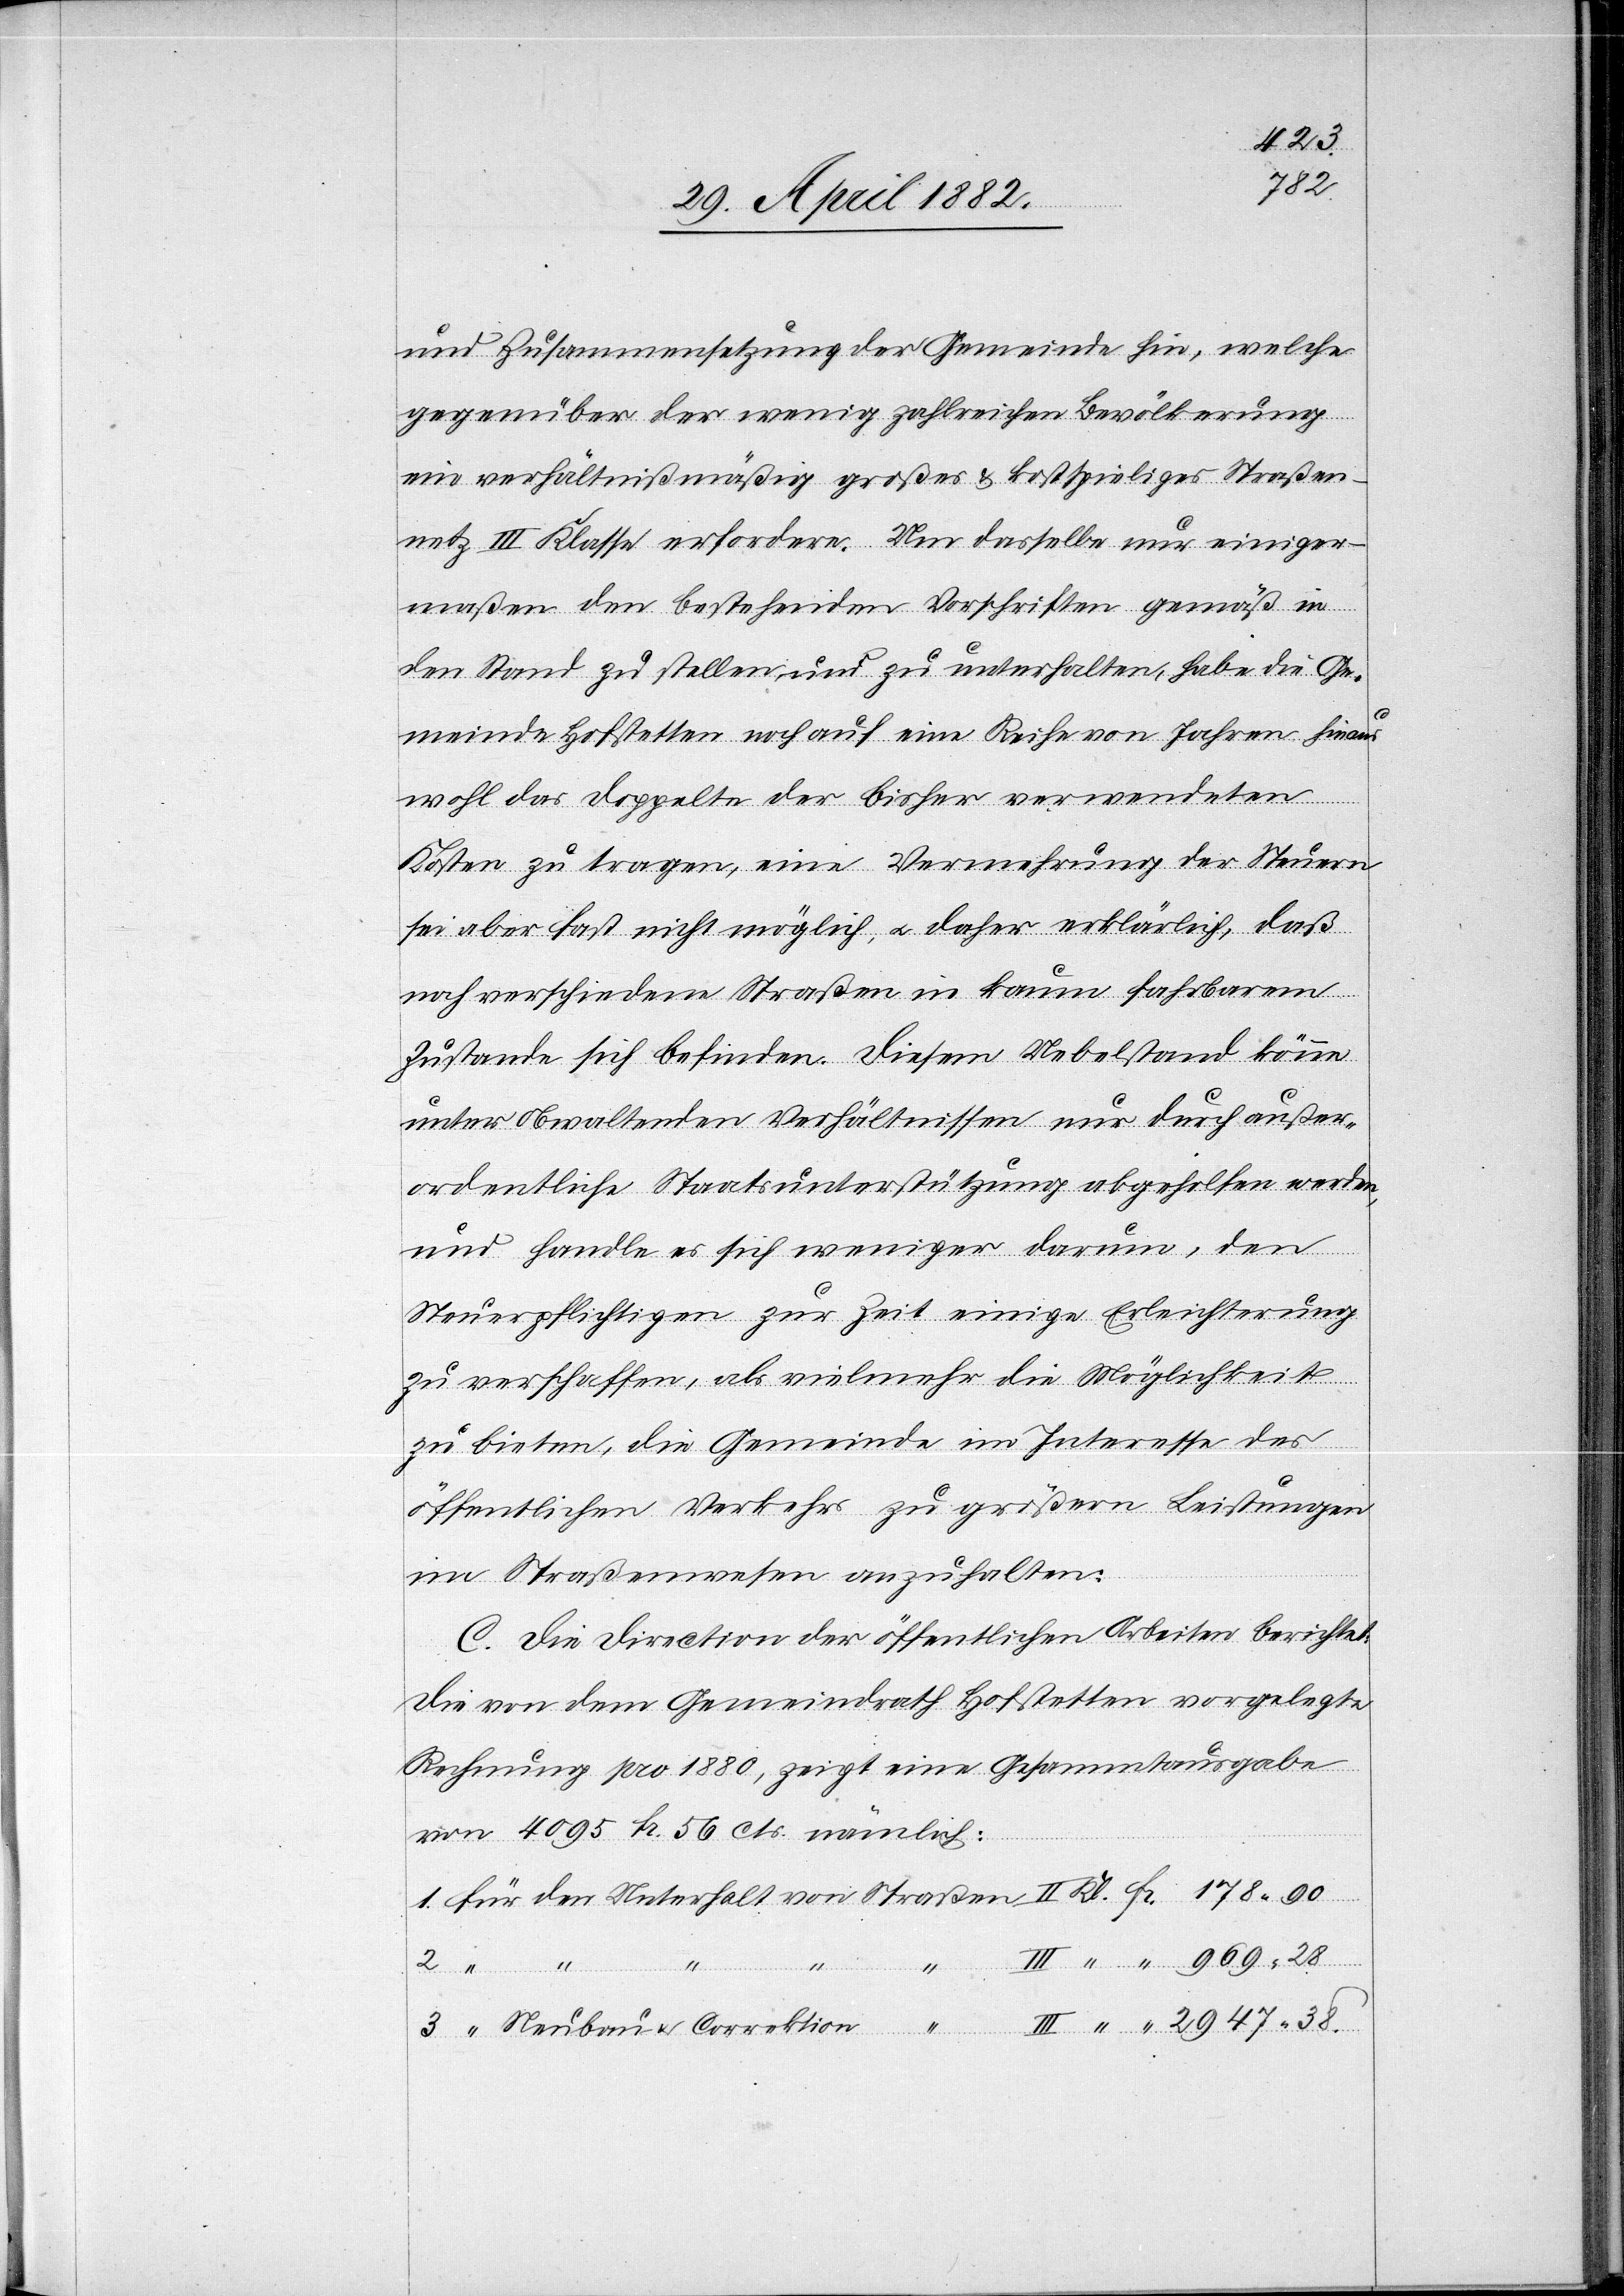
38
3.
und Zusammensetzung der Gemeinde hin, welche
gegenüber der wenig zahlreichen Bevölkerung
ein verhältnißmäßig großes & kostspieliges Straßen¬
netz III. Klasse erfordere. Um dasselbe nur einiger¬
maßen den bestehenden Vorschriften gemäß in
den Stand zu stellen und zu unterhalten, habe die Ge¬
meinde Hofstetten noch auf eine Reihe von Jahren hin¬
wohl das doppelte der bisher verwendeten
Kosten zu tragen, eine Vermehrung der Steuern
sei aber fast nicht möglich, u. daher erklärlich, daß
noch verschiedene Straßen in kaum fahrbarem
Zustande sich befinden. Diesem Uebelstand könne
unter obwaltenden Verhältnissen nur durch außer¬
ordentliche Staatsunterstützung abgeholfen werden,
und handle es sich weniger darum, den
Steuerpflichtigen zur Zeit einige Erleichterung
zu verschaffen, als vielmehr die Möglichkeit
zu bieten, die Gemeinde im Interesse des
öffentlichen Verkehrs zu größern Leistungen
im Straßenwesen anzuhalten.
C. Die Direction der öffentlichen Arbeiten berichtet:
Die von dem Gemeindrath Hofstetten vorgelegte
Rechnung pro 1880, zeigt eine Gesammtausgabe
von 4095 Fr. 56 Cts. nämlich:
Neubau & Correction
1.
den